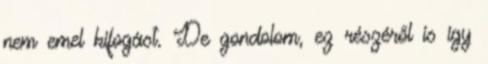
nem emel kifogást. De gondolom, ez részéről is így